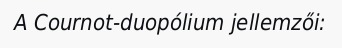
A Cournot-duopólium jellemzői: